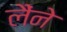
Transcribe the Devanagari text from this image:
लैंने